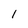
Character: l